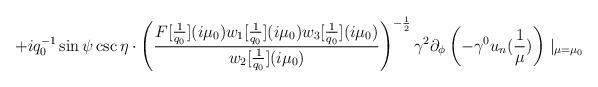
LaTeX: \begin{align*}+iq_{0}^{-1}\sin\psi\csc\eta\cdot\left(\frac{F[\frac{1}{q_{0}}](i\mu_{0})w_{1}[\frac{1}{q_{0}}](i\mu_{0})w_{3}[\frac{1}{q_{0}}](i\mu_{0})}{w_{2}[\frac{1}{q_{0}}](i\mu_{0})}\right)^{-\frac{1}{2}}\gamma^{2}\partial_{\phi}\left(-\gamma^{0}u_{n}(\frac{1}{\mu})\right)\mid_{\mu=\mu_{0}}\end{align*}